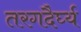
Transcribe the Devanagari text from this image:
तरगदैर्घ्य